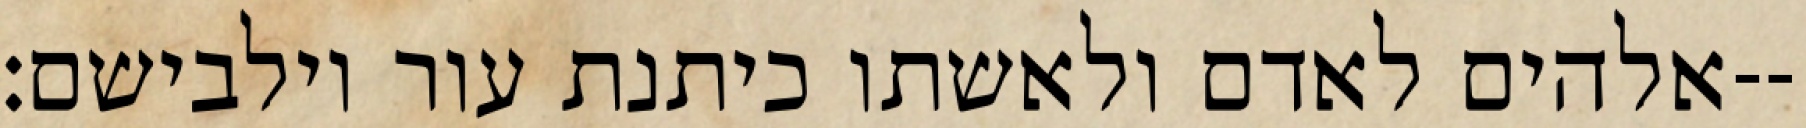
אלהים לאדם ולאשתו כיתנת עור וילבישם׃--